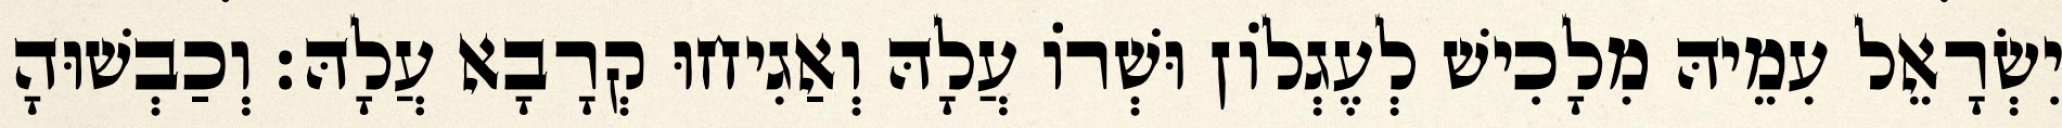
יִשְׂרָאֵל עִמֵיהּ מִלָכִישׁ לְעֶגְלוֹן וּשְׁרוֹ עֲלָהּ וְאַגִיחוּ קְרָבָא עֲלָהּ׃ וְכַבְשׁוּהָ